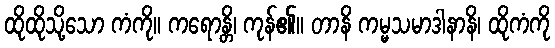
ထိုထိုသို့သော ကံကို။ ကရောန္တိ၊ ကုန်၏။ တာနိ ကမ္မသမာဒါနာနိ၊ ထိုကံကို